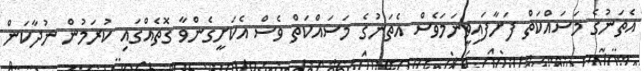
އެތަނުގެ މަސައްކަތް ފަށާފައިވީނަމަވެސް އެތަނުގެ މަސައްކަތް ވެސް އެކަށީގެންވާ ގޮތެއްގައި ކުރަމުން ނުދާކަން